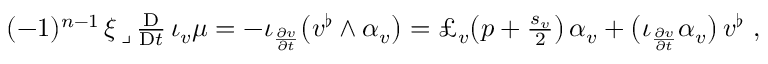
\begin{array} { r } { ( - 1 ) ^ { n - 1 } \, \xi \, \lrcorner \, \frac { \mathrm { D } } { \mathrm { D } t } \, \iota _ { v } \mu = - \iota _ { \frac { \partial v } { \partial t } } \big ( v ^ { \flat } \wedge \alpha _ { v } \big ) = \pounds _ { v } \big ( p + \frac { s _ { v } } { 2 } \big ) \, \alpha _ { v } + \big ( \iota _ { \frac { \partial v } { \partial t } } \alpha _ { v } \big ) \, v ^ { \flat } \ , } \end{array}